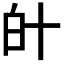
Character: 𤽁